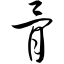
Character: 骨